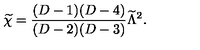
{ \widetilde \chi } = { \frac { ( D - 1 ) ( D - 4 ) } { ( D - 2 ) ( D - 3 ) } } { \widetilde \Lambda } ^ { 2 } .